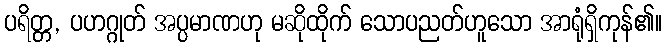
ပရိတ္တ, ပဟဂ္ဂုတ် အပ္ပမာဏဟု မဆိုထိုက် သောပညတ်ဟူသော အာရုံရှိကုန်၏။